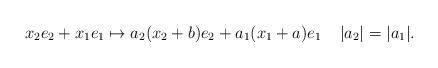
\begin{align*}x_2 e_2+x_1 e_1\mapsto a_2(x_2 +b) e_2+ a_1 (x_1+a) e_1\;\; \;\; |a_2|=|a_1|.\end{align*}